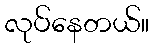
လုပ်နေတယ်။